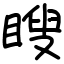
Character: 瞍